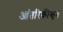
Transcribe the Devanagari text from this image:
आंतरिकीकृत